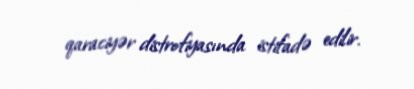
qaraciyər distrofiyasında istifadə edilir.